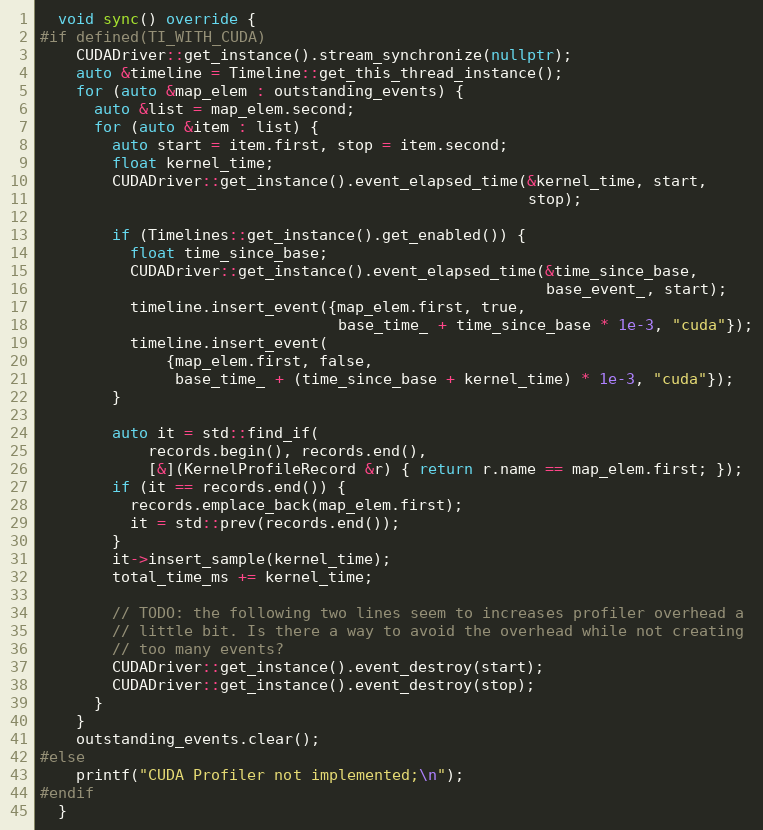
Language: C++
  void sync() override {
#if defined(TI_WITH_CUDA)
    CUDADriver::get_instance().stream_synchronize(nullptr);
    auto &timeline = Timeline::get_this_thread_instance();
    for (auto &map_elem : outstanding_events) {
      auto &list = map_elem.second;
      for (auto &item : list) {
        auto start = item.first, stop = item.second;
        float kernel_time;
        CUDADriver::get_instance().event_elapsed_time(&kernel_time, start,
                                                      stop);

        if (Timelines::get_instance().get_enabled()) {
          float time_since_base;
          CUDADriver::get_instance().event_elapsed_time(&time_since_base,
                                                        base_event_, start);
          timeline.insert_event({map_elem.first, true,
                                 base_time_ + time_since_base * 1e-3, "cuda"});
          timeline.insert_event(
              {map_elem.first, false,
               base_time_ + (time_since_base + kernel_time) * 1e-3, "cuda"});
        }

        auto it = std::find_if(
            records.begin(), records.end(),
            [&](KernelProfileRecord &r) { return r.name == map_elem.first; });
        if (it == records.end()) {
          records.emplace_back(map_elem.first);
          it = std::prev(records.end());
        }
        it->insert_sample(kernel_time);
        total_time_ms += kernel_time;

        // TODO: the following two lines seem to increases profiler overhead a
        // little bit. Is there a way to avoid the overhead while not creating
        // too many events?
        CUDADriver::get_instance().event_destroy(start);
        CUDADriver::get_instance().event_destroy(stop);
      }
    }
    outstanding_events.clear();
#else
    printf("CUDA Profiler not implemented;\n");
#endif
  }